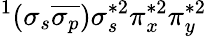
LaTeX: ^1(\sigma_{s}\overline{{\sigma_{p}}})\sigma_{s}^{*2}\pi_{x}^{*2}\pi_{y}^{*2}